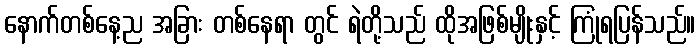
နောက်တစ်နေ့ည အခြား တစ်နေရာ တွင် ရဲတို့သည် ထိုအဖြစ်မျိုးနှင့် ကြုံရပြန်သည်။